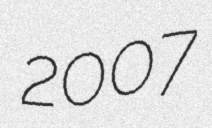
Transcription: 2007